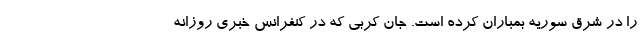
را در شرق سوریه بمباران کرده است. جان کربی که در کنفرانس خبری روزانه